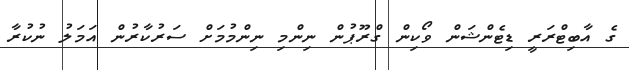
ގެ އާބިޓްރަރީ ޑިޓެންޝަން ވޯކިން ގްރޫޕުން ނިންމި ނިންމުމަށް ސަރުކާރުން އަމަލު ނުކުރާ